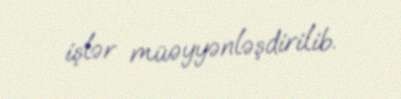
işlər müəyyənləşdirilib.